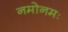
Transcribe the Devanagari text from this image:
नमोनमः